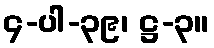
၄-ပါ-၃၉၊ ဋ္ဌ-၃။